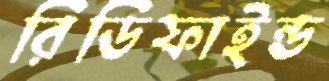
রিডিফাইন্ড